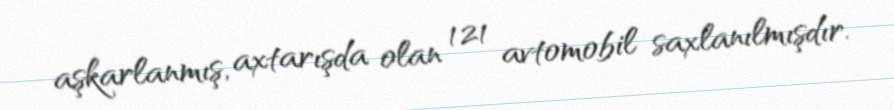
aşkarlanmış, axtarışda olan 121 avtomobil saxlanılmışdır.